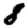
Digit: 8